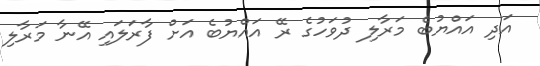
އަދި އައްޔުބެ މަރާލި ދުވަހުގެ ރޭ އައްޔުބެ އަށް ފާރަލައި އޭނާ މަރާލި